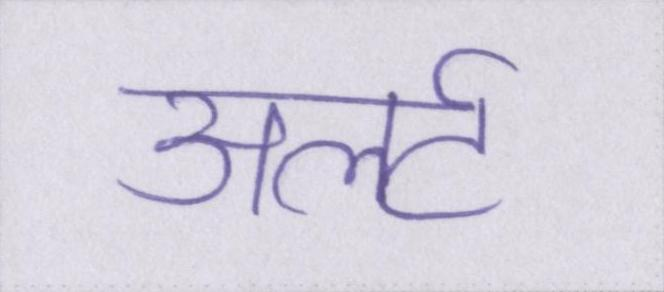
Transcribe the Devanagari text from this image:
अलर्ट